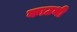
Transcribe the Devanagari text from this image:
काउथी